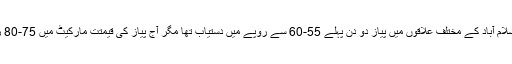
تفصیلات کے مطابق اسلام آباد کے مختلف علاقوں میں پیاز دو دن پہلے 55-60 سے روپے میں دستیاب تھا مگر آج پیاز کی قیمتت مارکیٹ میں 75-80 روپے میں دستیاب ہے۔